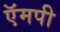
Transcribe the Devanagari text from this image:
ऍमपी